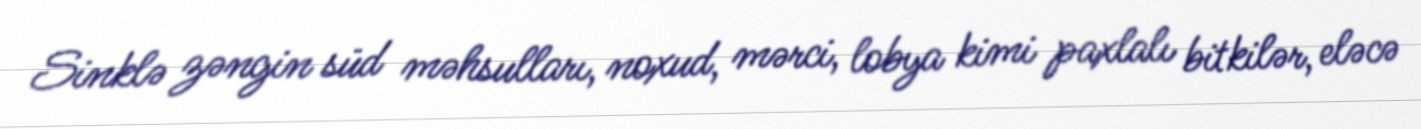
Sinklə zəngin süd məhsulları, noxud, mərci, lobya kimi paxlalı bitkilər, eləcə